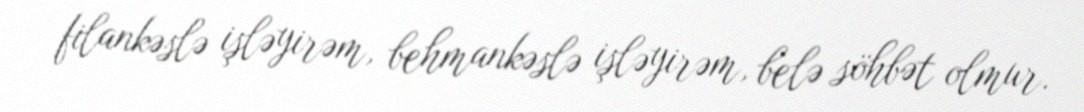
filankəslə işləyirəm, behmankəslə işləyirəm, belə söhbət olmur.